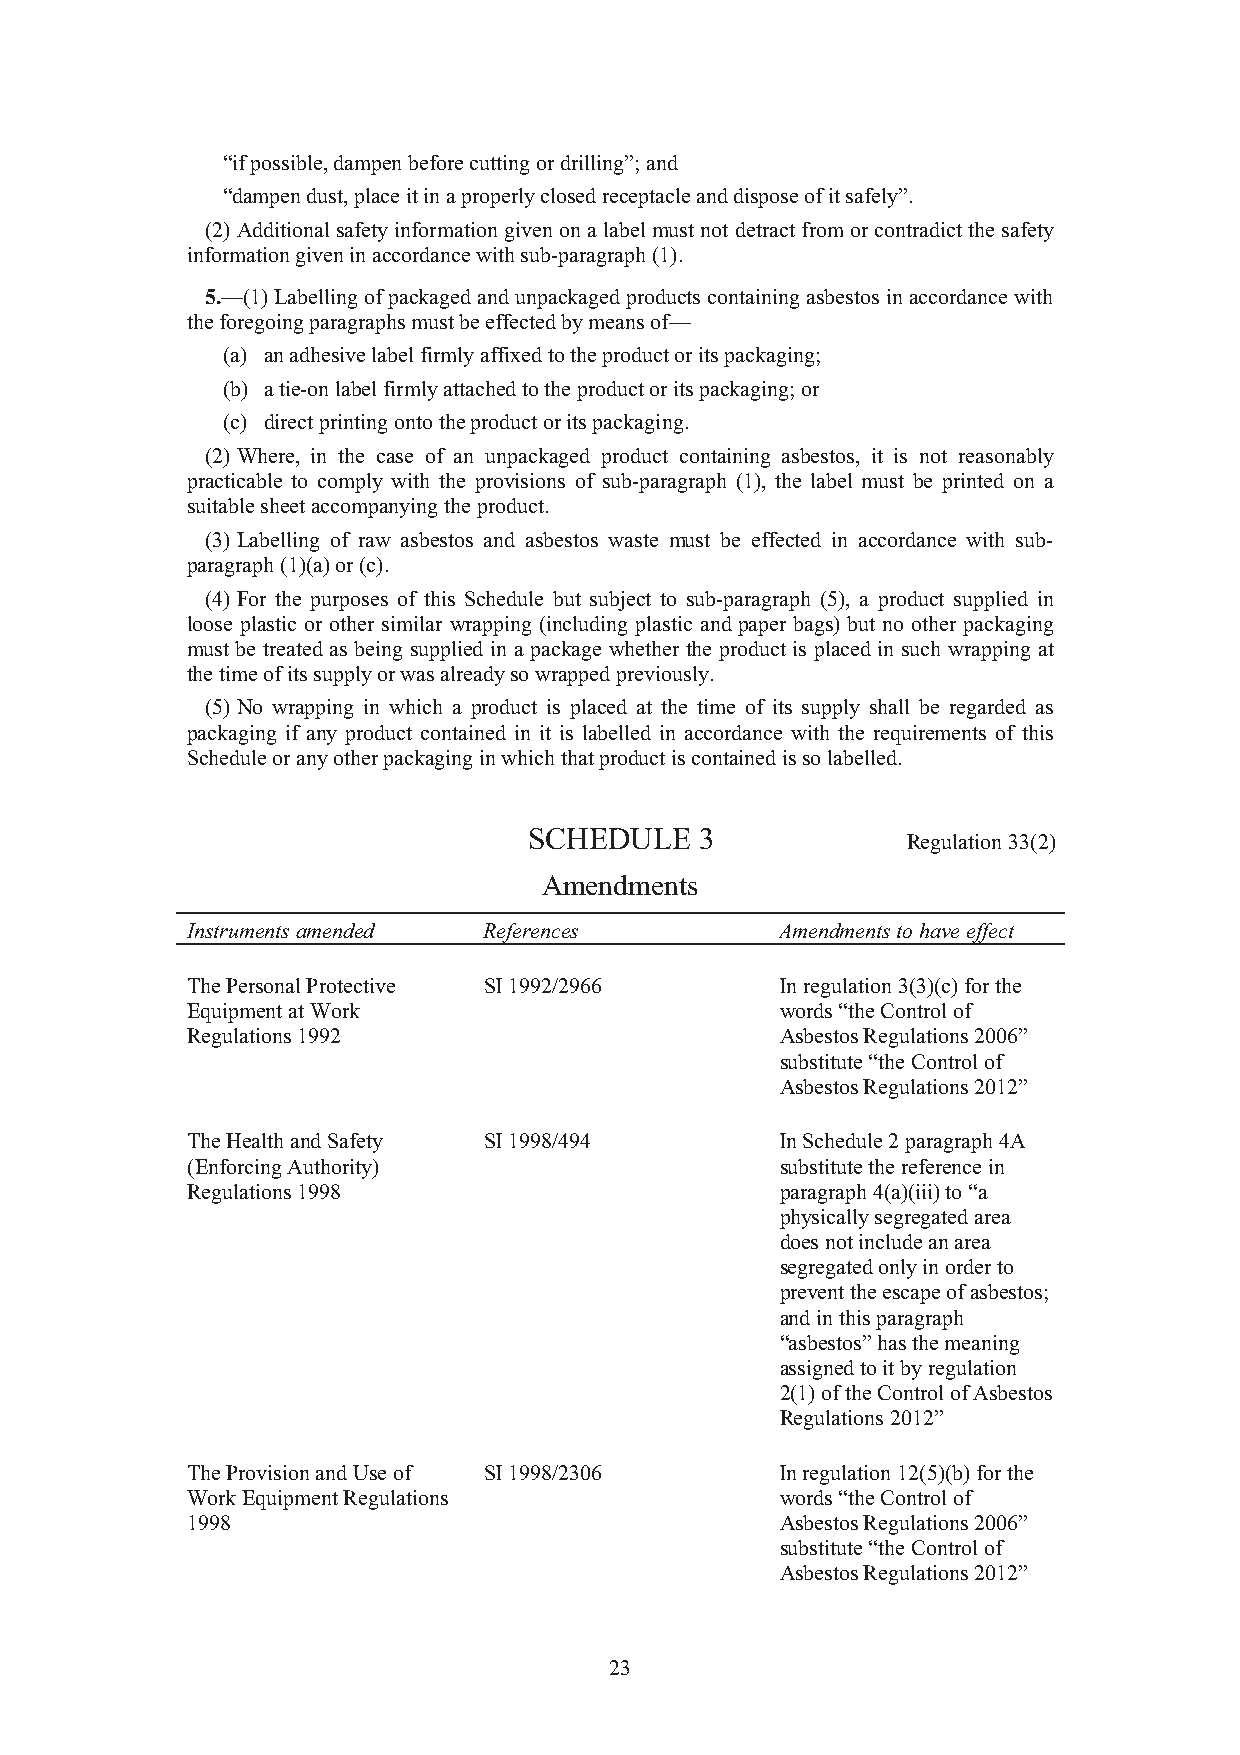
“if possible, dampen before cutting or drilling”; and
 “dampen dust, place it in a properly closed receptacle and dispose of it safely”.
 (2) Additional safety information given on a label must not detract from or contradict the safety
 information given in accordance with sub-paragraph (1).
 5.—(1) Labelling of packaged and unpackaged products containing asbestos in accordance with
 the foregoing paragraphs must be effected by means of—
 (a) an adhesive label firmly affixed to the product or its packaging;
 (b) a tie-on label firmly attached to the product or its packaging; or
 (c) direct printing onto the product or its packaging.
 (2) Where, in the case of an unpackaged product containing asbestos, it is not reasonably
 practicable to comply with the provisions of sub-paragraph (1), the label must be printed on a
 suitable sheet accompanying the product.
 (3) Labelling of raw asbestos and asbestos waste must be effected in accordance with sub-
 paragraph (1)(a) or (c).
 (4) For the purposes of this Schedule but subject to sub-paragraph (5), a product supplied in
 loose plastic or other similar wrapping (including plastic and paper bags) but no other packaging
 must be treated as being supplied in a package whether the product is placed in such wrapping at
 the time of its supply or was already so wrapped previously.
 (5) No wrapping in which a product is placed at the time of its supply shall be regarded as
 packaging if any product contained in it is labelled in accordance with the requirements of this
 Schedule or any other packaging in which that product is contained is so labelled.
 SCHEDULE   3
 Regulation 33(2)
 Amendments
 Instruments amended References          Amendments to have effect
 The Personal Protective SI 1992/2966    In regulation 3(3)(c) for the
 Equipment at Work                       words “the Control of
 Regulations 1992                        Asbestos Regulations 2006”
 substitute “the Control of
 Asbestos Regulations 2012”
 The Health and Safety SI 1998/494       In Schedule 2 paragraph 4A
 (Enforcing Authority)                   substitute the reference in
 Regulations 1998                        paragraph 4(a)(iii) to “a
 physically segregated area
 does not include an area
 segregated only in order to
 prevent the escape of asbestos;
 and in this paragraph
 “asbestos” has the meaning
 assigned to it by regulation
 2(1) of the Control of Asbestos
 Regulations 2012”
 The Provision and Use of SI 1998/2306   In regulation 12(5)(b) for the
 Work Equipment Regulations              words “the Control of
 1998                                    Asbestos Regulations 2006”
 substitute “the Control of
 Asbestos Regulations 2012”
 23